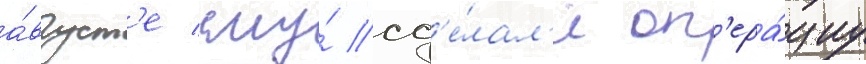
а́вгуст'е ему́ сд'е́лал'и оп'ера́циу